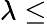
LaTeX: \lambda\le